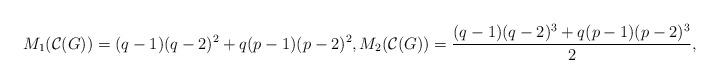
LaTeX: \begin{align*}M_{1}(\mathcal{C}(G))= (q-1)(q-2)^{2}+q(p-1)(p-2)^{2}, M_{2}(\mathcal{C}(G))=\dfrac{(q-1)(q-2)^{3}+q(p-1)(p-2)^{3}}{2},\end{align*}